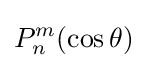
P_{n}^{m}(\cos \theta )